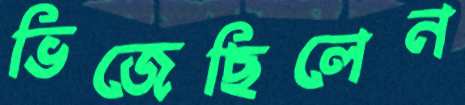
ভিজেছিলেন